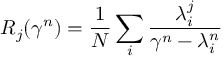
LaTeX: R _ { j } ( \gamma ^ { n } ) = \frac 1 N \sum _ { i } \frac { \lambda _ { i } ^ { j } } { \gamma ^ { n } - \lambda _ { i } ^ { n } }